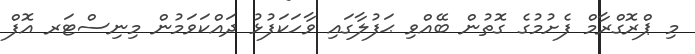
މި ޕްރޮގްރާމް ފެށުމުގެ ގޮތުން ބޭއްވި ޙަފުލާގައި ވާހަކަފުޅު ދައްކަވަމުން މިނިސްޓަރ އޮފް